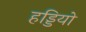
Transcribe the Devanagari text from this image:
हड्डियो